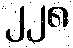
၂၂၈